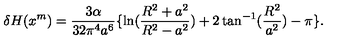
\delta H ( x ^ { m } ) = \frac { 3 \alpha } { 3 2 \pi ^ { 4 } a ^ { 6 } } \lbrace \ln ( \frac { R ^ { 2 } + a ^ { 2 } } { R ^ { 2 } - a ^ { 2 } } ) + 2 \tan ^ { - 1 } ( \frac { R ^ { 2 } } { a ^ { 2 } } ) - \pi \rbrace .